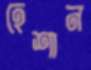
হেশান